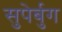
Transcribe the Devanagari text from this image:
सुपेर्बुग